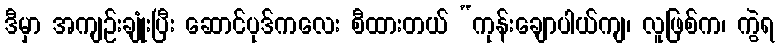
ဒီမှာ အကျဉ်းချုံးပြီး ဆောင်ပုဒ်ကလေး စီထားတယ် “ကုန်းချောပါယ်ကျ၊ လူဖြစ်က၊ ကွဲရ